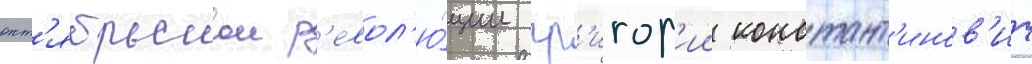
окт'ябрьскои р'евол'ю́ции гр'игор'ии констант'инов'ич